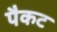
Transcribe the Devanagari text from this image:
पैकट